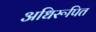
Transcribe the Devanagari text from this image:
अधिरूपित